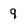
Character: 9